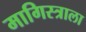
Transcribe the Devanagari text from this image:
मागिस्त्राला